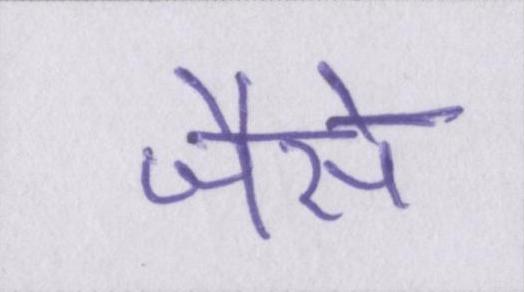
जैसै